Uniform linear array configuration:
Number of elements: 4
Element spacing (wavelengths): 0.75
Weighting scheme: hann
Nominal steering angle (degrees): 45
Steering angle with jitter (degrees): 44.716
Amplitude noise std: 0.05
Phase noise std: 0.05

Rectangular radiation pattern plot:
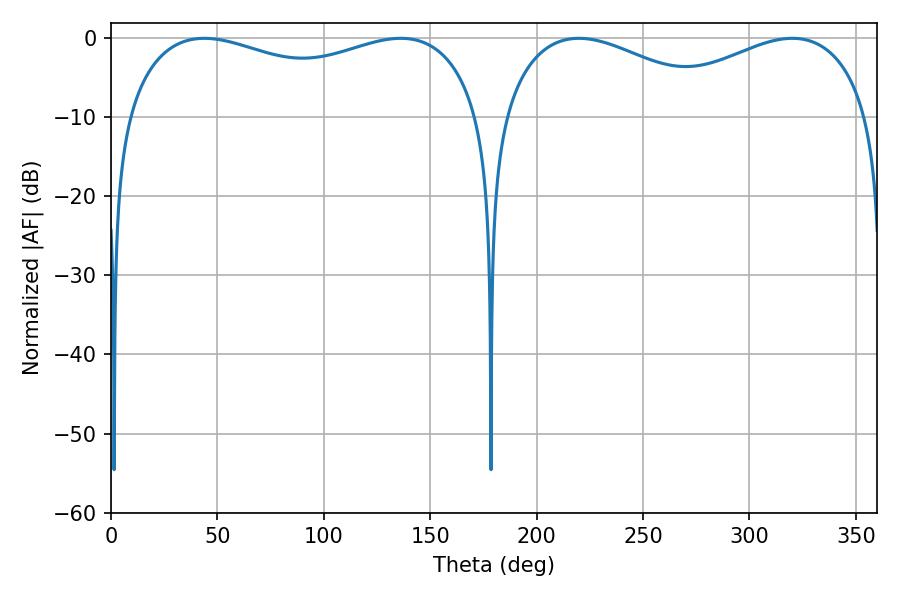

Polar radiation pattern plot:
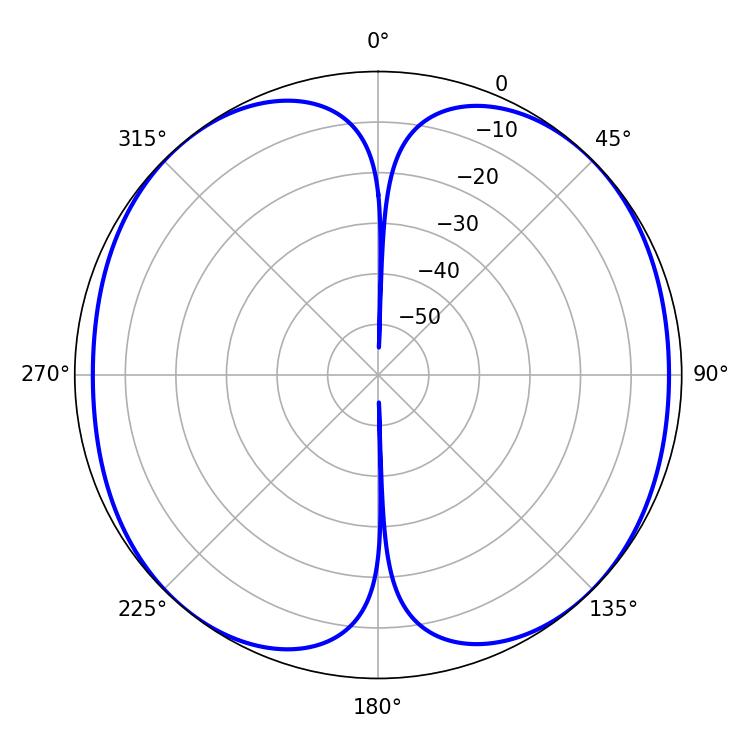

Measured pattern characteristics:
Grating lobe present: TRUE
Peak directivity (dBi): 12.684
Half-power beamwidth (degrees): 58.86
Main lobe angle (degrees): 219.78